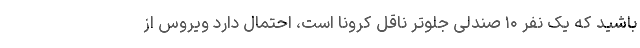
باشید که یک نفر ۱۰ صندلی جلوتر ناقل کرونا است، احتمال دارد ویروس از